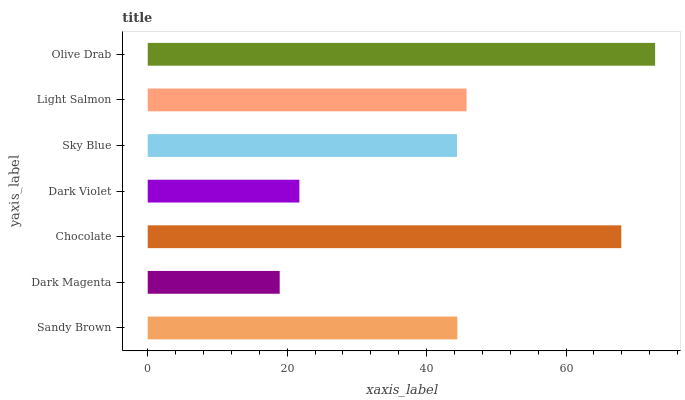
| yaxis_label | bars |
 | --- | --- |
 | Sandy Brown | 44.4 |
 | Dark Magenta | 18.9 |
 | Chocolate | 67.9 |
 | Dark Violet | 21.8 |
 | Sky Blue | 44.4 |
 | Light Salmon | 45.7 |
 | Olive Drab | 72.8 |